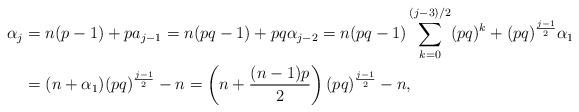
LaTeX: \begin{align*}\alpha_j&=n(p-1)+pa_{j-1}=n(pq-1)+pq\alpha_{j-2}=n(pq-1)\sum\limits_{k=0}^{(j-3)/2}(pq)^k+(pq)^{\frac{j-1}{2}}\alpha_1\\&=(n+\alpha_1)(pq)^{\frac{j-1}{2}}-n=\left(n+\frac{(n-1)p}{2}\right)(pq)^{\frac{j-1}{2}}-n,\end{align*}